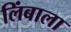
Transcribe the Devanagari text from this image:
लिंबाला